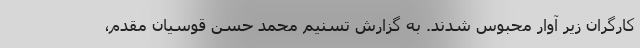
کارگران زیر آوار محبوس شدند. به گزارش تسنیم محمد حسن قوسیان مقدم،